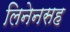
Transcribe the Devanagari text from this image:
लिनेनसह